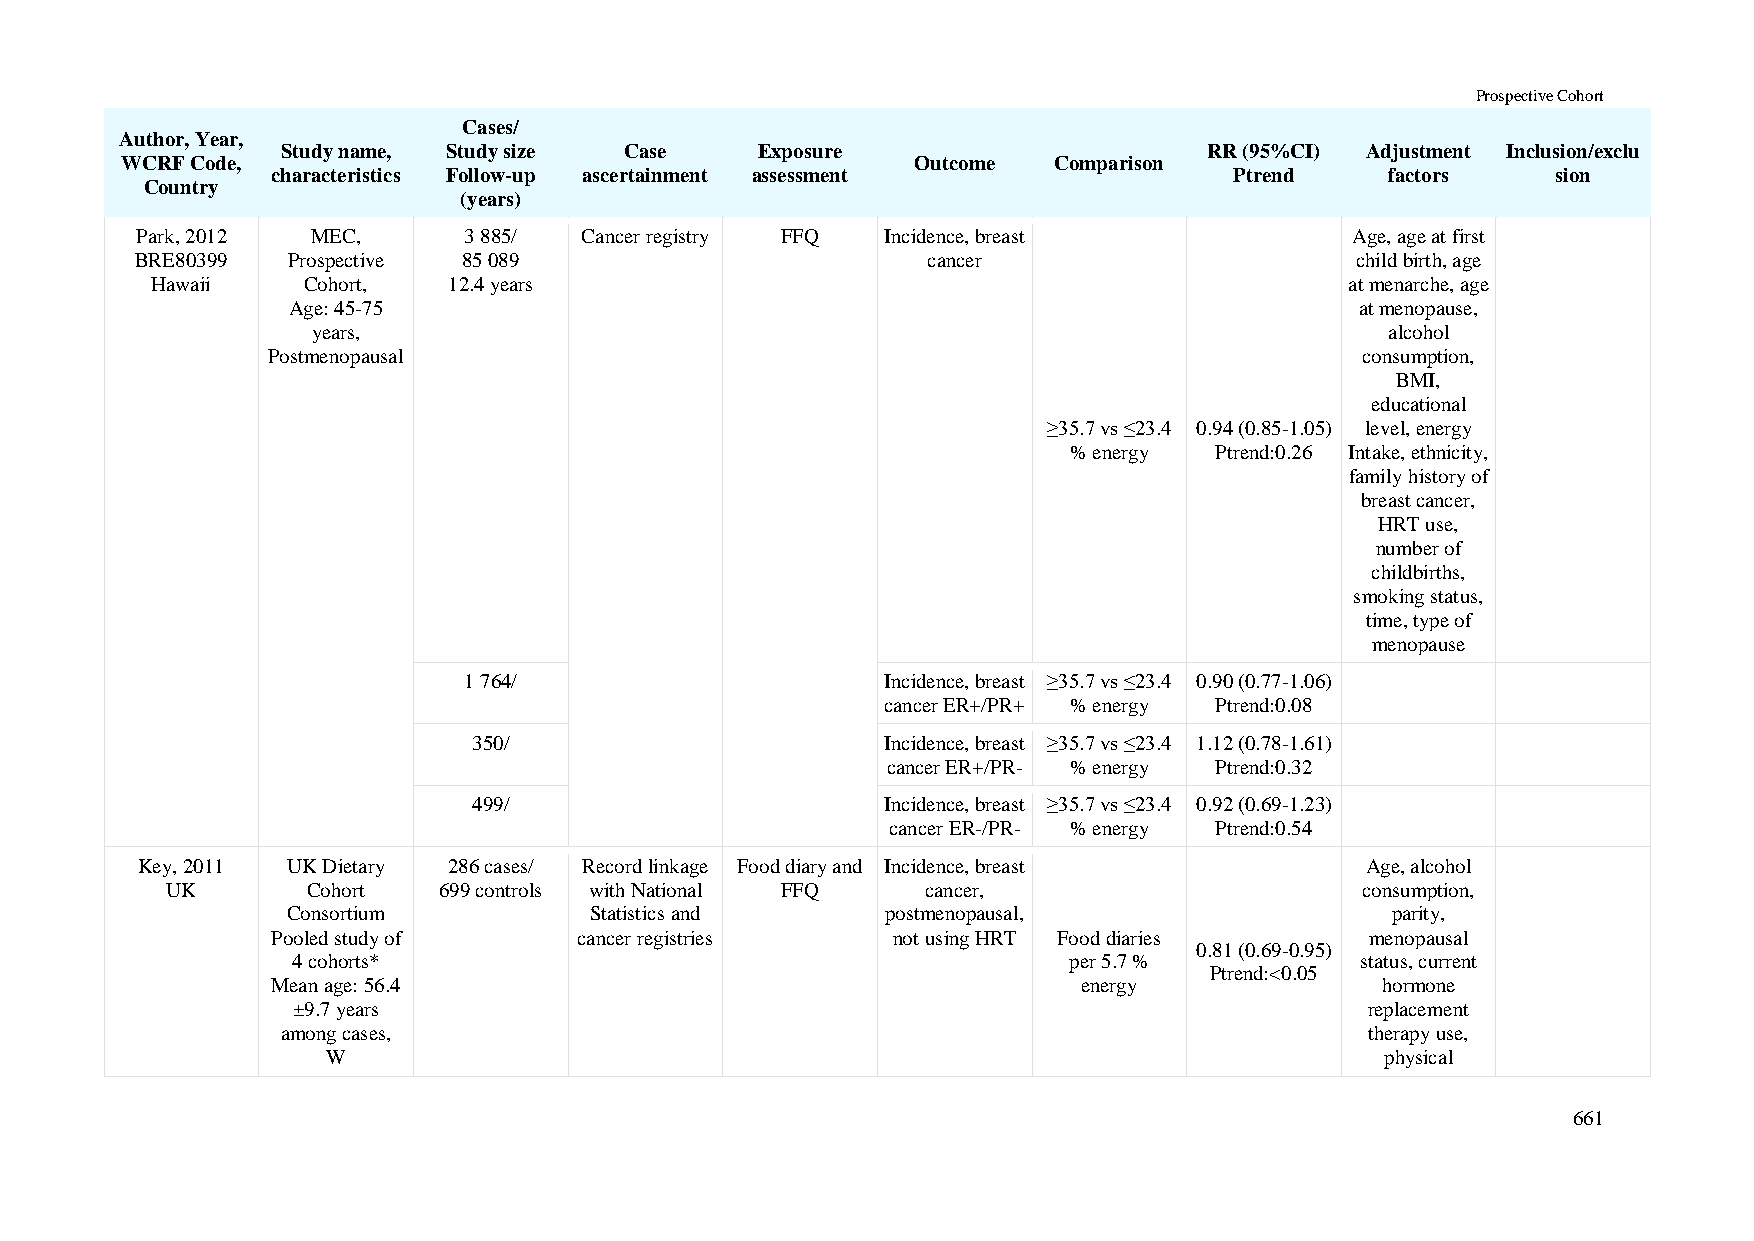
Prospective Cohort
 Cases/
 Author, Year,
 Study name, Study size Case    Exposure                      RR (95%CI) Adjustment Inclusion/exclu
 WCRF Code,                                           Outcome  Comparison
 characteristics Follow-up ascertainment assessment              Ptrend    factors    sion
 Country
 (years)
 Park, 2012  MEC,      3 885/ Cancer registry FFQ  Incidence, breast              Age, age at first
 BRE80399  Prospective 85 089                        cancer                       child birth, age
 Hawaii    Cohort,   12.4 years                                                 at menarche, age
 Age: 45-75                                                             at menopause,
 years,                                                                 alcohol
 Postmenopausal                                                          consumption,
 BMI,
 educational
 ≥35.7 vs ≤23.4 0.94 (0.85-1.05) level, energy
 % energy Ptrend:0.26 Intake, ethnicity,
 family history of
 breast cancer,
 HRT use,
 number of
 childbirths,
 smoking status,
 time, type of
 menopause
 1 764/                      Incidence, breast ≥35.7 vs ≤23.4 0.90 (0.77-1.06)
 cancer ER+/PR+ % energy Ptrend:0.08
 350/                        Incidence, breast ≥35.7 vs ≤23.4 1.12 (0.78-1.61)
 cancer ER+/PR- % energy Ptrend:0.32
 499/                        Incidence, breast ≥35.7 vs ≤23.4 0.92 (0.69-1.23)
 cancer ER-/PR- % energy Ptrend:0.54
 Key, 2011 UK Dietary 286 cases/ Record linkage Food diary and Incidence, breast  Age, alcohol
 UK       Cohort   699 controls with National FFQ  cancer,                      consumption,
 Consortium          Statistics and      postmenopausal,                  parity,
 Pooled study of     cancer registries    not using HRT Food diaries      menopausal
 0.81 (0.69-0.95)
 4 cohorts*                                          per 5.7 %          status, current
 Ptrend:<0.05
 Mean age: 56.4                                        energy             hormone
 ±9.7 years                                                              replacement
 among cases,                                                            therapy use,
 W                                                                     physical
 661